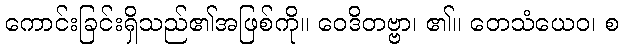
ကောင်းခြင်းရှိသည်၏အဖြစ်ကို။ ဝေဒိတဗ္ဗာ၊ ၏။ တေသံယေဝ၊ စ